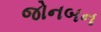
જોનબન